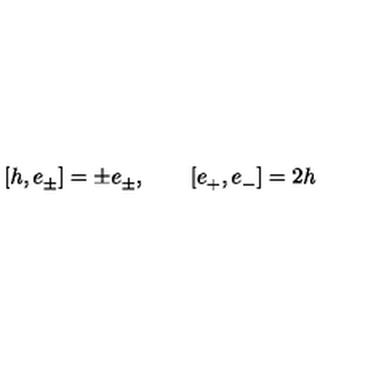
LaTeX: [ h , e _ { \pm } ^ { } ] = \pm e _ { \pm } ^ { } , \qquad [ e _ { + } ^ { } , e _ { - } ^ { } ] = 2 h \,